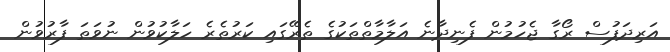
އަރިދަފުސް ރޯގާ ޖެހުމުން ފެނިދާނެ އަލާމާތްތަކުގެ ތެރޭގައި ކަރުތެރެ ހަލާކުވުން ނުވަތަ ފާރުވުން